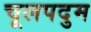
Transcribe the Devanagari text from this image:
चूलपदुम